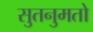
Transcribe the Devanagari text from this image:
सुतनुमतो